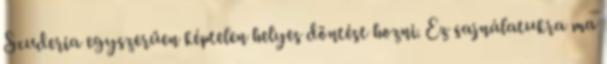
Scuderia egyszerűen képtelen helyes döntést hozni. Ez sajnálatukra ma